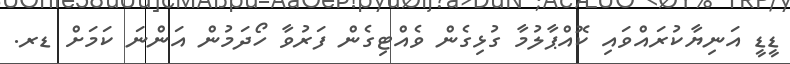
ޑީޑީ އަނިޔާކުރައްވައި ކޮއްޕާލުމާ ގުޅިގެން ވެއްޓިގެން ފަރުވާ ހޯދަމުން އަންނަ ކަމަށް ޑރ.